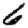
Digit: 6